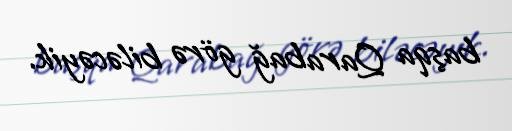
başqa Qarabağ görə biləcəyik.